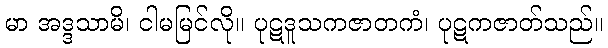
မာ အဒ္ဒသာမိ၊ ငါမမြင်လို။ ပုဋဒူသကဇာတကံ၊ ပုဋကဇာတ်သည်။